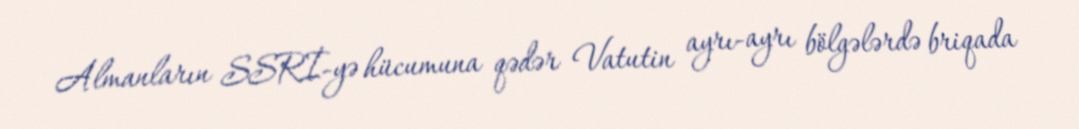
Almanların SSRİ-yə hücumuna qədər Vatutin ayrı-ayrı bölgələrdə briqada